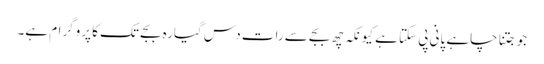
جو جتنا چاہے پانی پی سکتا ہے کیونکہ چھ بجے سے رات دس گیارہ بجے تک کا پروگرام ہے۔